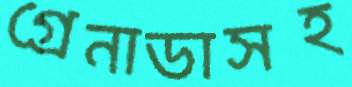
গ্রেনাডাসহ